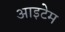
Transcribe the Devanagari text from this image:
आइटेम